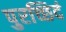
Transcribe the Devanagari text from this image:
पुरच्छिदं